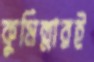
কুমিল্লারই